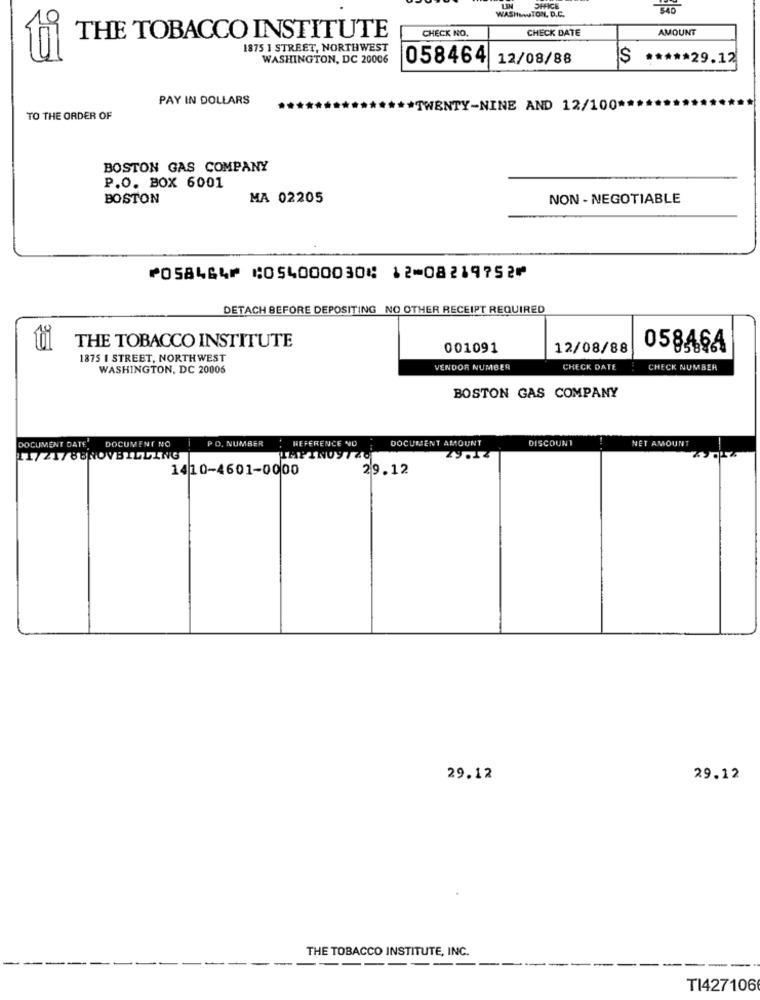
LIN
OFFICE
WASHINGTON, D.C.
CHECK NO.
CHECK DATE
AMOUNT
THE TOBACCO INSTITUTE
1875 1 STREET, NORTHWEST
WASHINGTON, DC 20006
058464
12/08/88
$ ***** 29.12
PAY IN DOLLARS
** TWENTY-NINE AND 12/100 ***
TO THE ORDER OF
BOSTON GAS COMPANY
P.O. BOX 6001
BOSTON
MA 02205
NON- NEGOTIABLE
⑈058464⑈ ⑆054000030⑆ 12⑉08219752⑈
DETACH BEFORE DEPOSITING NO OTHER RECEIPT REQUIRED
THE TOBACCO INSTITUTE
001091
12/08/88
058464
1875 I STREET, NORTHWEST
WASHINGTON, DC 20006
VENDOR NUMBER
CHECK DATE
CHECK NUMBER
BOSTON GAS COMPANY
DOCUMENT DATE
DOCUMENT NO
PO. NUMBER
HEFERENCE NU
DOCUMENT AMOUNT
DISCOUNT
NET AMOUNT
11/21/88NOVBILLING
1410-4601-0000
29.12
29.12
29.12
THE TOBACCO INSTITUTE, INC.
TI427106